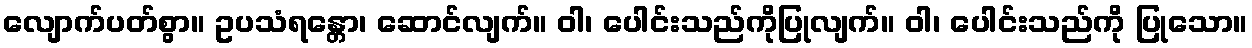
လျောက်ပတ်စွာ။ ဥပသံရန္တော၊ ဆောင်လျက်။ ဝါ၊ ပေါင်းသည်ကိုပြုလျက်။ ဝါ၊ ပေါင်းသည်ကို ပြုသော။